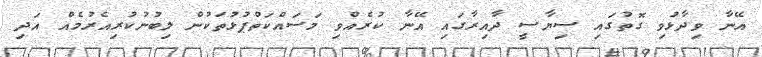
އޭނާ ވިދާޅުވި ގޮތުގައި ސިޔާސީ ދާއިރާގައި އޭނާ ކުރެއްވި މަސައްކަތްޕުޅުތަކުން ލިިބުނުކުރިއެރުމެއް އަދި